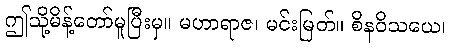
ဤသို့မိန့်တော်မူပြီးမှ။ မဟာရာဇ၊ မင်းမြတ်။ စိနဝိသယေ၊